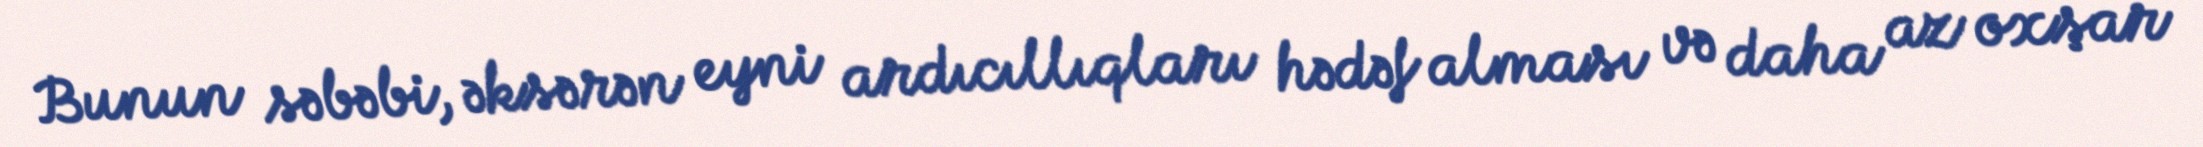
Bunun səbəbi, əksərən eyni ardıcıllıqları hədəf alması və daha az oxşar